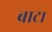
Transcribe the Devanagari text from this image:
बाट।